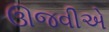
ઊજવીએ